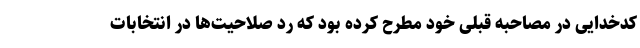
کدخدایی در مصاحبه قبلی خود مطرح کرده بود که رد صلاحیت‌ها در انتخابات